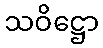
သဝိဋ္ဌော